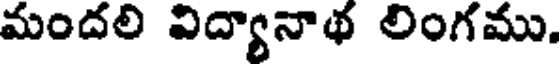
మందలి విద్యానాథ లింగము,